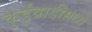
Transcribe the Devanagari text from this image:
कुर्डुवाडीमध्ये